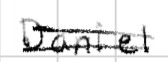
Text: Daniel
Cross-out: double-line
Writing tool: digital_black